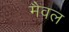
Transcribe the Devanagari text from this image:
मैवल